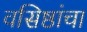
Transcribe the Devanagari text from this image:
वसिष्ठांचा